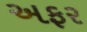
અફર